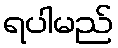
ရပါမည်